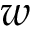
w